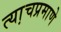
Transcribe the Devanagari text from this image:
त्या़चप्रमाणे